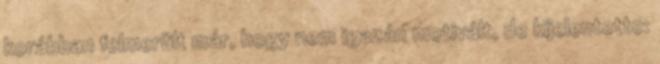
korábban felmerült már, hogy nem igazán motivált, de kijelentette: